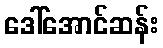
ဒေါ်အောင်ဆန်း